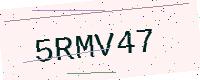
Text: 5RMV47